Leningradi_Edasi_toimetus, lk 202
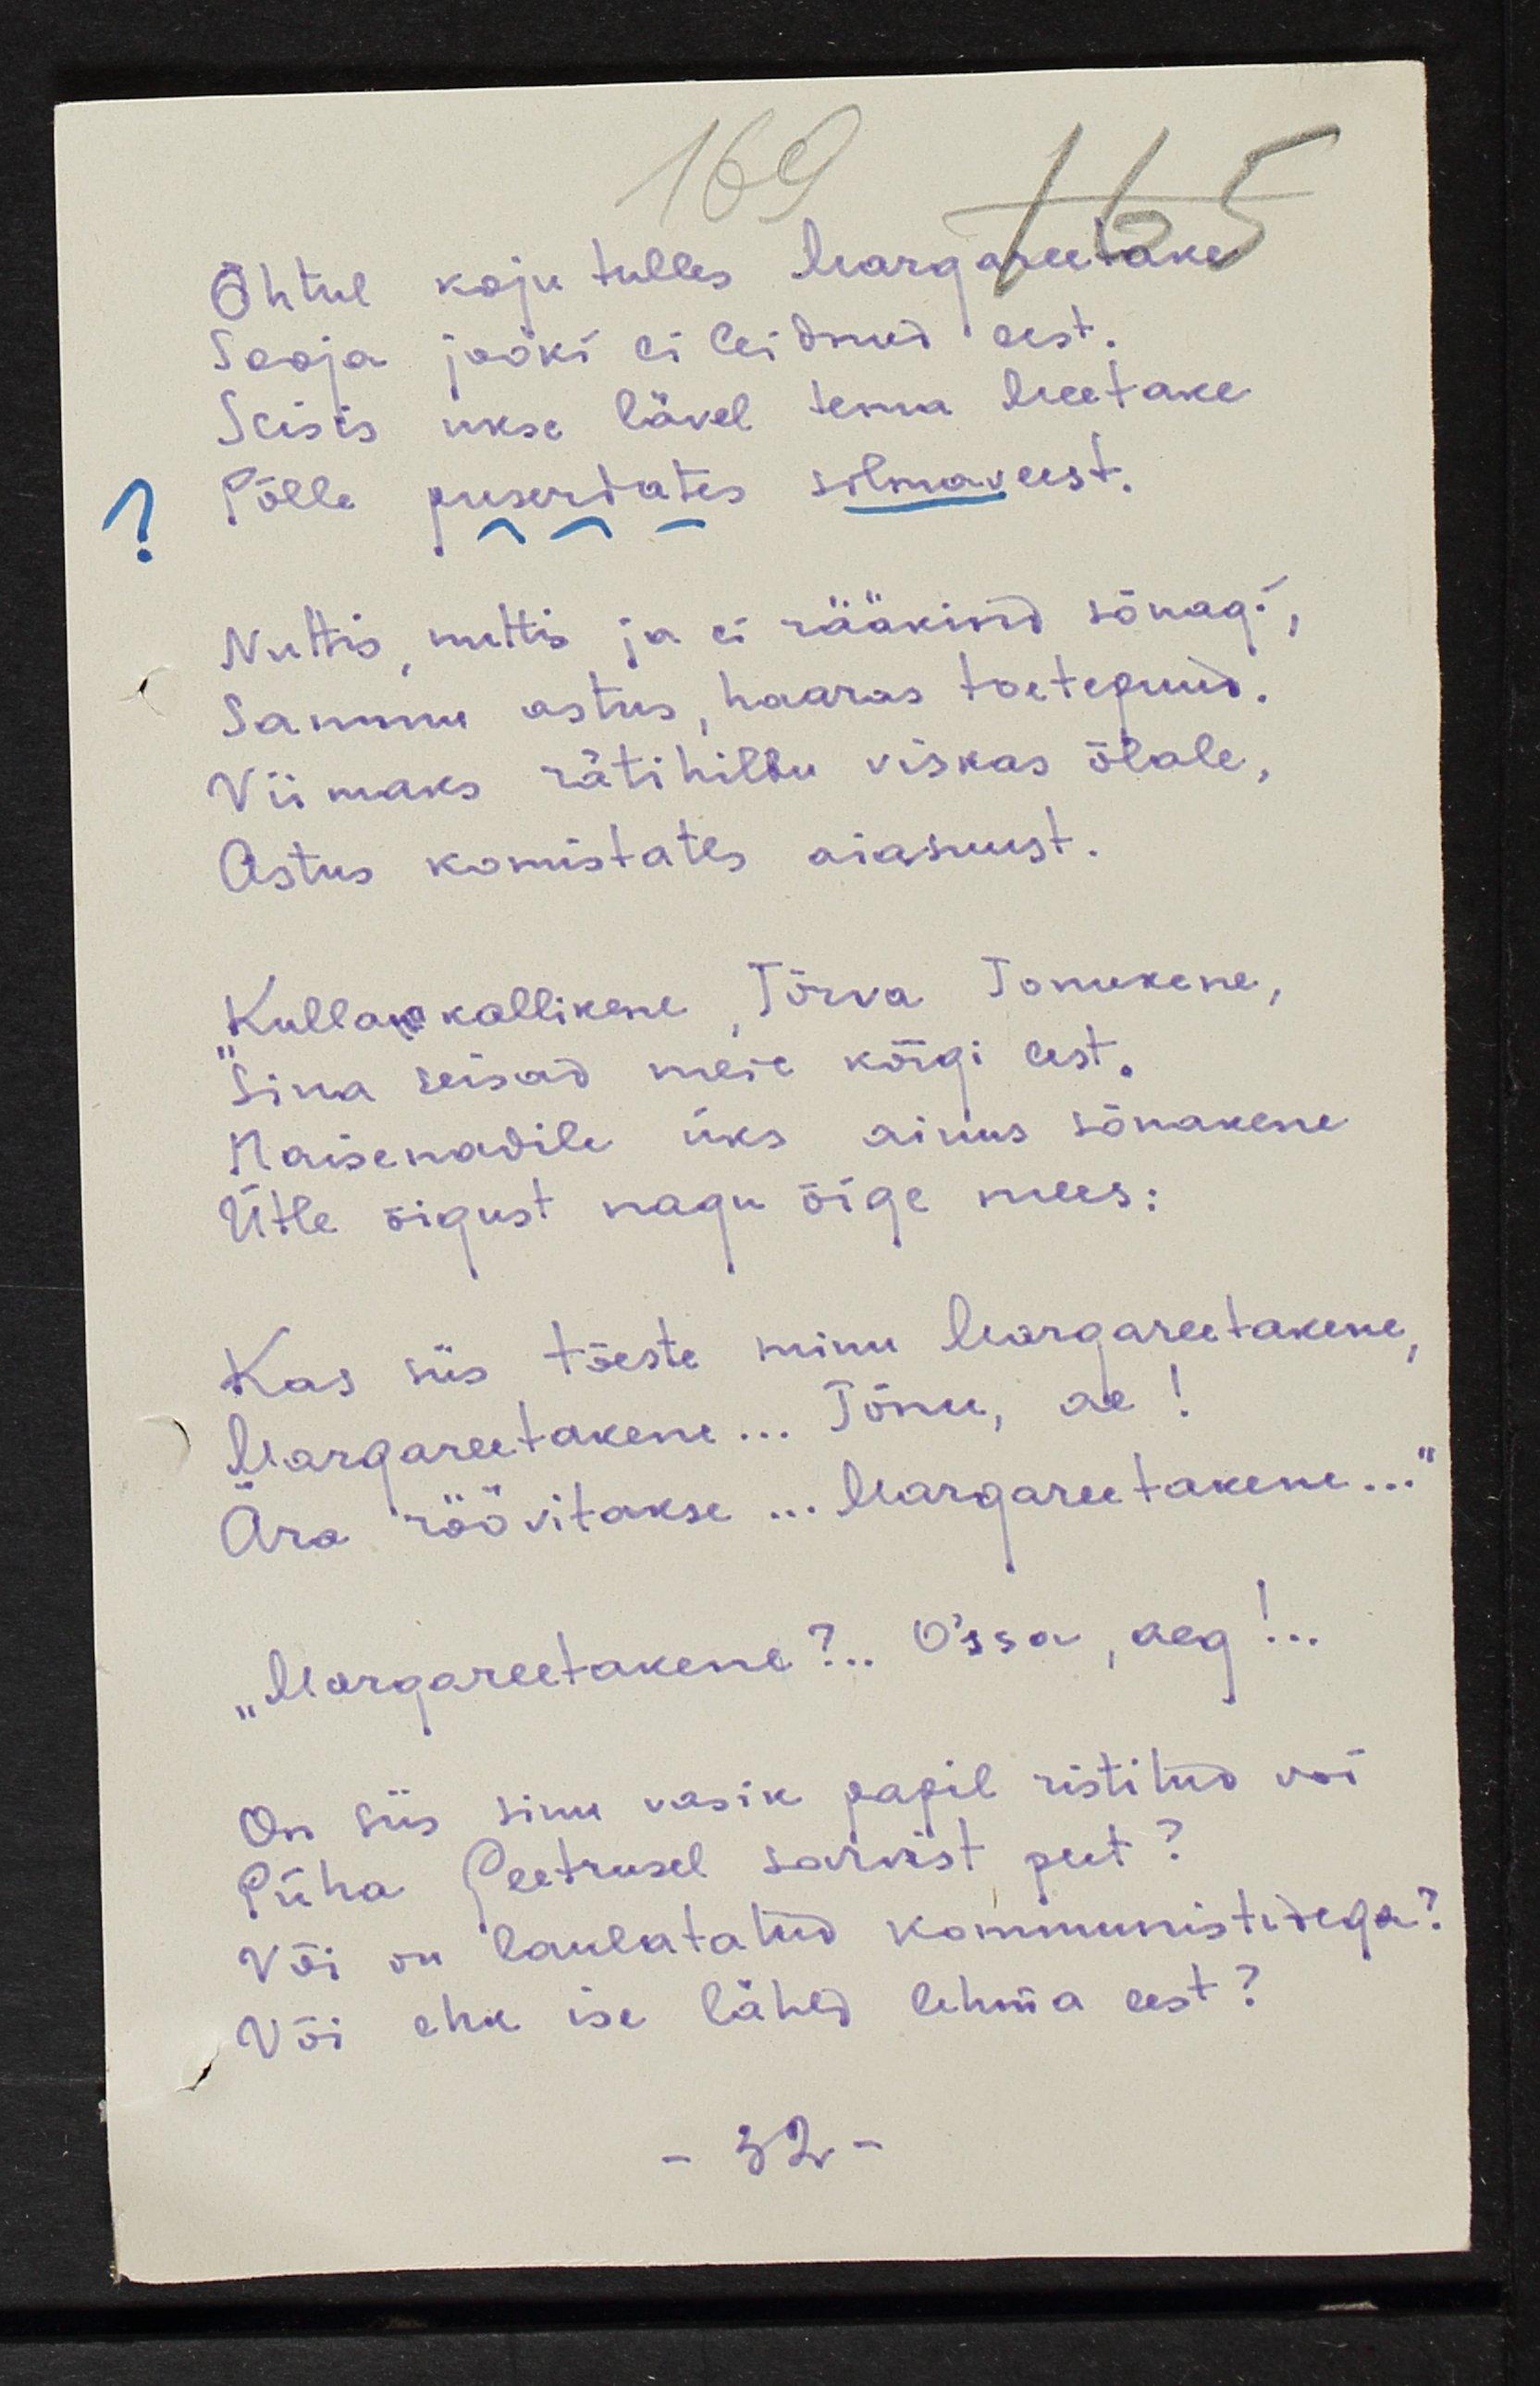
Õhtul koju tulles Margareetake
Sooja jooki ei leidnud eest
Seisis ukse lävel tema Meetake
Põlle puserdates silmaveest.
Nuttis, nuttis ja ei rääkinud sõnagi,
Sammu astus, haaras toetepuud.
Viimaks rätihilbu viskas õlale, 
Astus komistades aiasuust.
"Kullan kallikene, Tõrva Tonukene,
Sina seisad meie kõigi eest.
Naisenadile üks ainus sõnakene 
Ütle õigust nagu õige mees:
Kes siis tõeste minu Margareetakene,
Margareetakene... Tõnu, ae!
Ära röövitakse... Margareetakene...
"Margareetakene?.. O'ssa, aeg!..
On siis sinu vasik papil ristitud voi
Püha Peetrusel sarvist peet?
Või on laulatatud kommunistidega?
Või ehk ise lähed lehma eest?